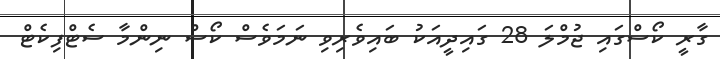
ގާރީ ކޯސްގައި ޖުމްލަ 28 ގައިދީއަކު ބައިވެރިވި ނަމަވެސް ކޯސް ނިންމާ ސެޓްފިކެޓް